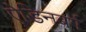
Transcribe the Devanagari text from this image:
ऐडिनबर्ग